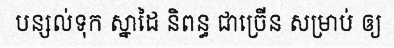
បន្សល់ទុក ស្នាដៃ និពន្ធ ជាច្រើន សម្រាប់ ឲ្យ